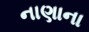
નાણાના